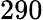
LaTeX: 290